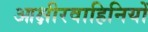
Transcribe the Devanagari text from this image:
आक्षीरवाहिनियों